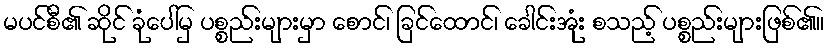
မပင်စီ၏ ဆိုင် ခုံပေါ်မှ ပစ္စည်းများမှာ စောင်၊ ခြင်ထောင်၊ ခေါင်းအုံး စသည့် ပစ္စည်းများဖြစ်၏။